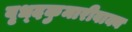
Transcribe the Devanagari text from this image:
वृध्दकुमारीवाक्य